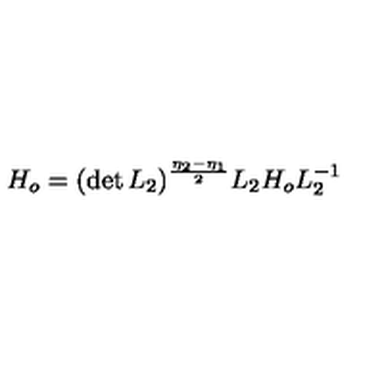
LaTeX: H _ { o } = ( \det L _ { 2 } ) ^ { \frac { \eta _ { 2 } - \eta _ { 1 } } { 2 } } L _ { 2 } H _ { o } L _ { 2 } ^ { - 1 }